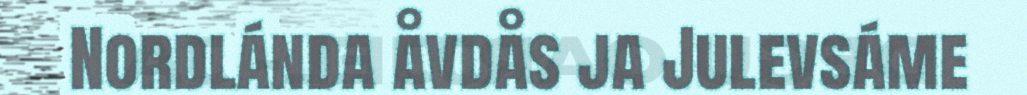
Nordlánda åvdås ja Julevsáme